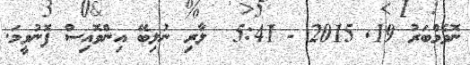
ނޮވެމްބަރު 19